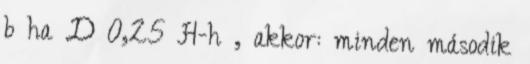
b ha D 0,25 H-h , akkor: minden második